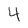
Character: 4